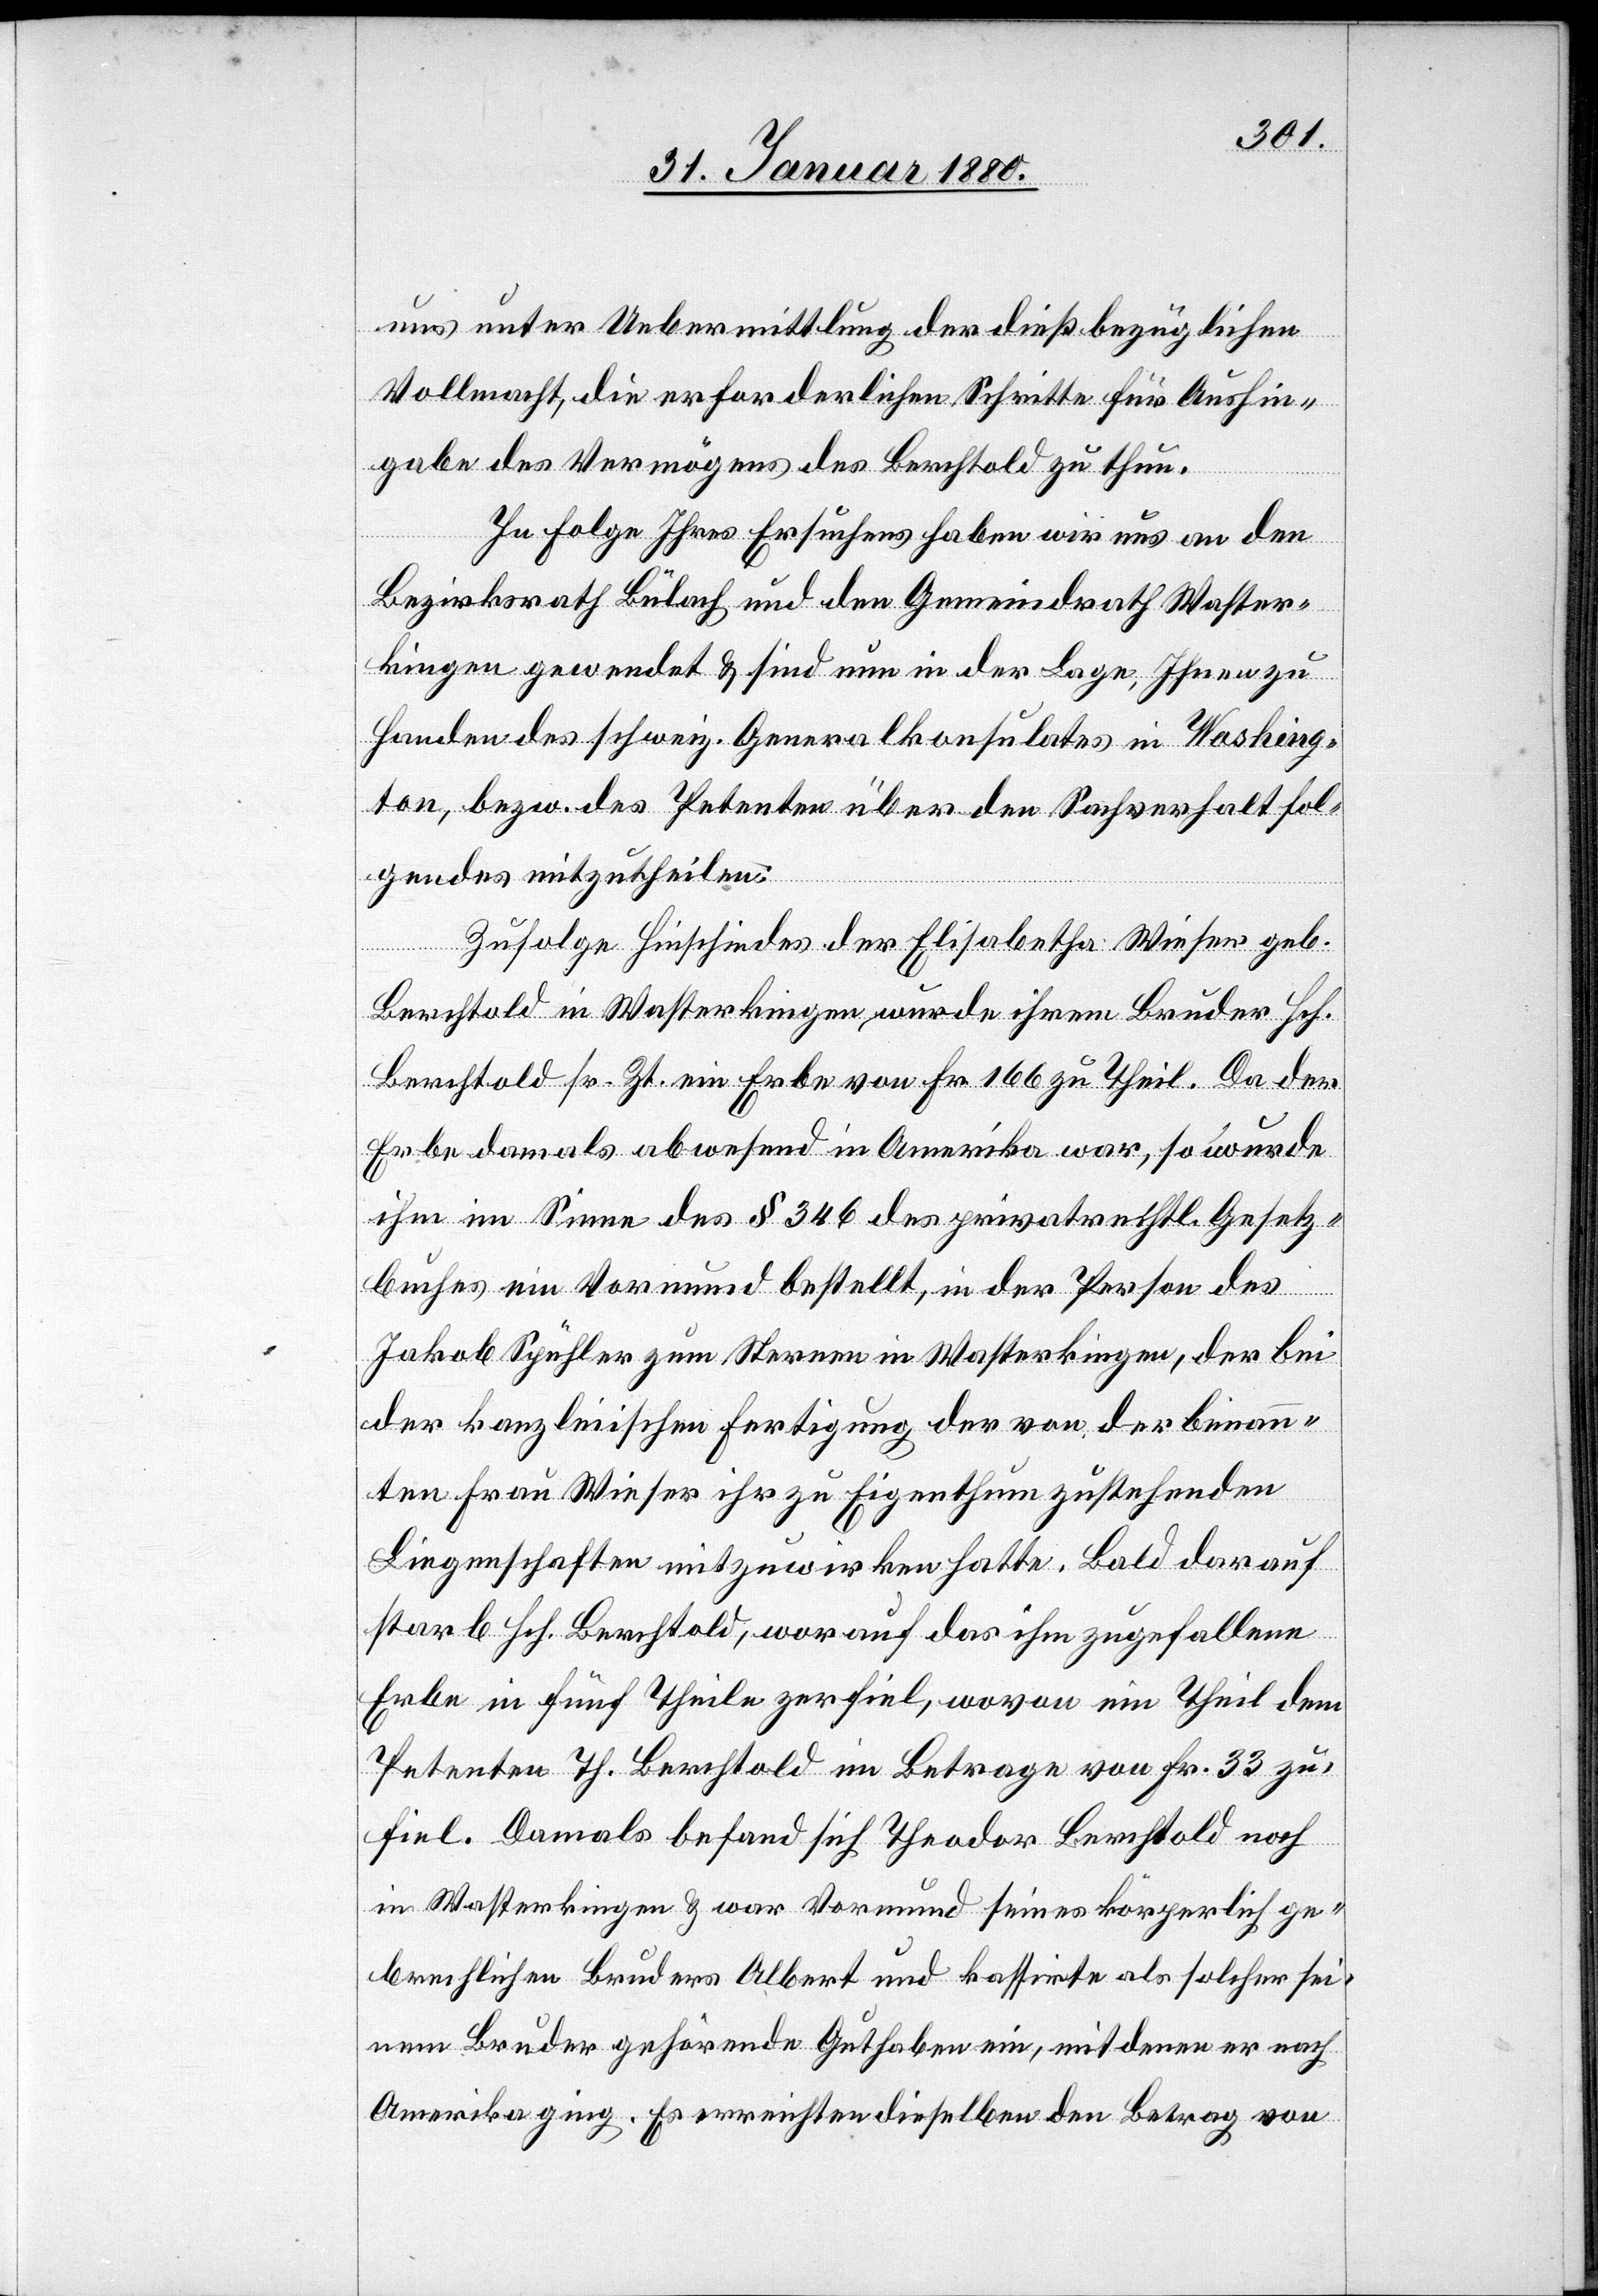
uns unter Uebermittlung der dießbezüglichen
Vollmacht, die erforderlichen Schritte für Aushin¬
gabe des Vermögens des Berchtold zu thun.
In Folge Ihres Ersuchens haben wir uns an den
Bezirksrath Bülach und den Gemeindrath Waster¬
kingen gewendet & sind nun in der Lage, Ihnen zu
Handen des schweiz. Generalkonsulates in Washing¬
ton, bezw. des Petenten über den Sachverhalt fol¬
gendes mitzutheilen.
Zufolge Hinschiedes der Elisabetha Wieser geb.
Berchtold in Wasterkingen, wurde ihrem Bruder Hch.
Berchtold sr. Zt. ein Erbe von Fr. 166 zu Theil. Da der
Erbe damals abwesend in Amerika war, so wurde
ihm im Sinne des § 346 des privatrechtl. Gesetz¬
buches ein Vormund bestellt, in der Person des
Jakob Spühler zum Sternen in Wasterkingen, der bei
der kanzleiischen Fertigung der von der benann¬
ten Frau Wieser ihr zu Eigenthum zustehenden
Liegenschaften mitzuwirken hatte. Bald darauf
starb Hch. Berchtold, worauf das ihm zugefallene
Erbe in fünf Theile zerfiel, wovon ein Theil dem
Petenten Th. Berchtold im Betrage von Fr. 33 zu¬
fiel. Damals befand sich Theodor Berchtold noch
in Wasterkingen & war Vormund seines körperlich ge¬
brechlichen Bruders Albert und kassirte als solcher sei¬
nem Bruder gehörende Guthaben ein, mit denen er nach
Amerika ging. Es erreichten dieselben den Betrag von